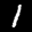
Label: 1